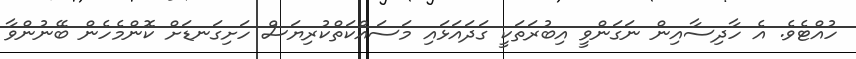
ހުއްޓެވެ. އެ ހާދިސާއިން ނަގަންވީ އިބުރަތަކީ ގަދައަޅައި މަސައްކަތްކުރިޔަސް ހަށިގަނޑަށް ކޮންމެހެން ބޭނުންވާ